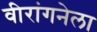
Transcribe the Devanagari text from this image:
वीरांगनेला